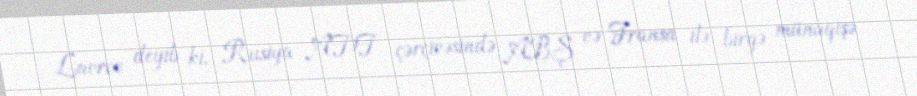
Lavrov deyib ki, Rusiya ATƏT çərçivəsində ABŞ və Fransa ilə birgə münaqişə